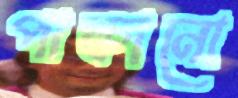
পাকানো